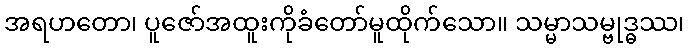
အရဟတော၊ ပူဇော်အထူးကိုခံတော်မူထိုက်သော။ သမ္မာသမ္ဗုဒ္ဓဿ၊